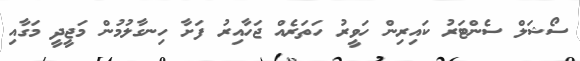
ސޯޝަލް ސެންޓަރު ކައިރިން ހަވީރު ހަތަރެއް ޖަހާއިރު ފަށާ ހިނގާލުމުން މަޖީދީ މަގާއި